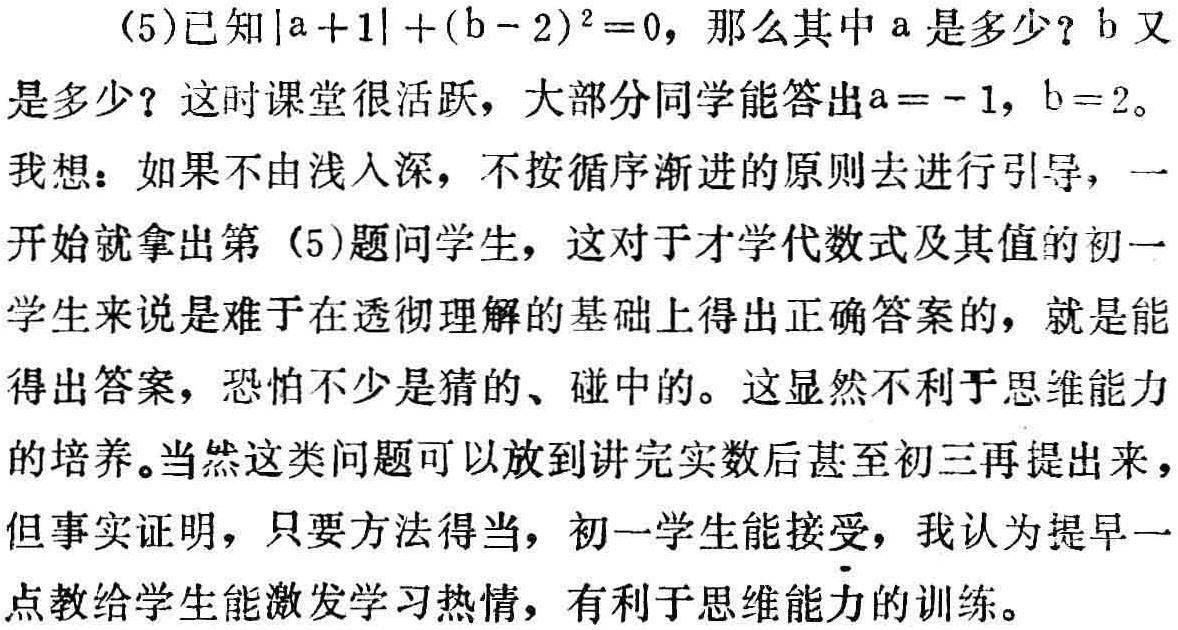
(5)已知\(\vert a + 1\vert+(b - 2)^{2}=0\)，那么其中\(a\)是多少？\(b\)又是多少？这时课堂很活跃，大部分同学能答出\(a = - 1\)，\(b = 2\)。

我想：如果不由浅入深，不按循序渐进的原则去进行引导，一开始就拿出第（5）题问学生，这对于才学代数式及其值的初一学生来说是难于在透彻理解的基础上得出正确答案的，就是能得出答案，恐怕不少是猜的、碰中的。这显然不利于思维能力的培养。当然这类问题可以放到讲完实数后甚至初三再提出来，但事实证明，只要方法得当，初一学生能接受，我认为提早一点教给学生能激发学习热情，有利于思维能力的训练。